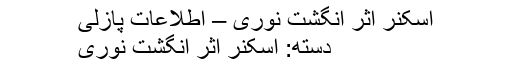
اسکنر اثر انگشت نوری – اطلاعات پازلی
دسته: اسکنر اثر انگشت نوری